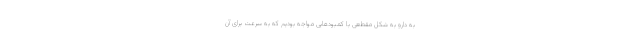
به دارو به شکل مقطعی با کمبودهایی مواجه بودیم که به سرعت برای آن